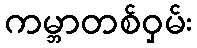
ကမ္ဘာတစ်ဝှမ်း